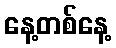
နေ့တစ်နေ့